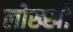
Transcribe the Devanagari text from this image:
लोख्खी